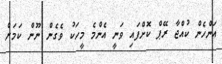
އަންހެން ކުއްޖާ ރޭޕް ކޮށްފައި ވަނީ އެންމެ މީހަކު ވެގެން ނޫން ކަމަށް